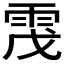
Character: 𩂟